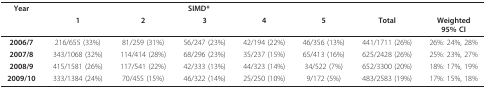
| Year | <COLSPAN=5> SIMD* |  |  |
 |  | 1 | 2 | 3 | 4 | 5 | Total | Weighted95% CI |
 | --- | --- | --- | --- | --- | --- | --- | --- |
 | 2006/7 | 216/655 (33%) | 81/259 (31%) | 56/247 (23%) | 42/194 (22%) | 46/356 (13%) | 441/1711 (26%) | 26%: 24%, 28% |
 | 2007/8 | 343/1068 (32%) | 114/414 (28%) | 68/296 (23%) | 35/237 (15%) | 65/413 (16%) | 625/2428 (26%) | 25%: 23%, 27% |
 | 2008/9 | 415/1581 (26%) | 117/541 (22%) | 42/333 (13%) | 44/323 (14%) | 34/522 (7%) | 652/3300 (20%) | 18%: 17%, 19% |
 | 2009/10 | 333/1384 (24%) | 70/455 (15%) | 46/322 (14%) | 25/250 (10%) | 9/172 (5%) | 483/2583 (19%) | 17%: 15%, 18% |